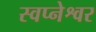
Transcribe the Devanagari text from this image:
स्वप्नेश्वर